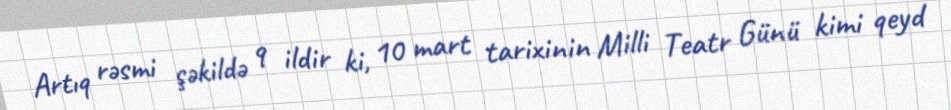
Artıq rəsmi şəkildə 9 ildir ki, 10 mart tarixinin Milli Teatr Günü kimi qeyd